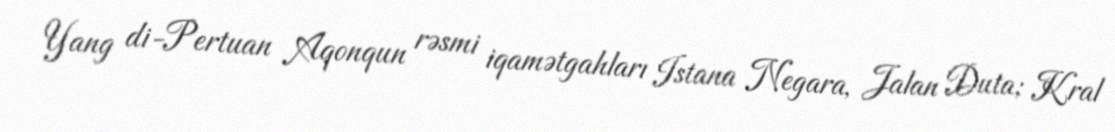
Yang di-Pertuan Aqonqun rəsmi iqamətgahları Istana Negara, Jalan Duta; Kral